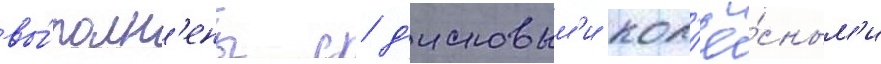
вы́полн'ены с д'исковым'и кол'ё́сным'и